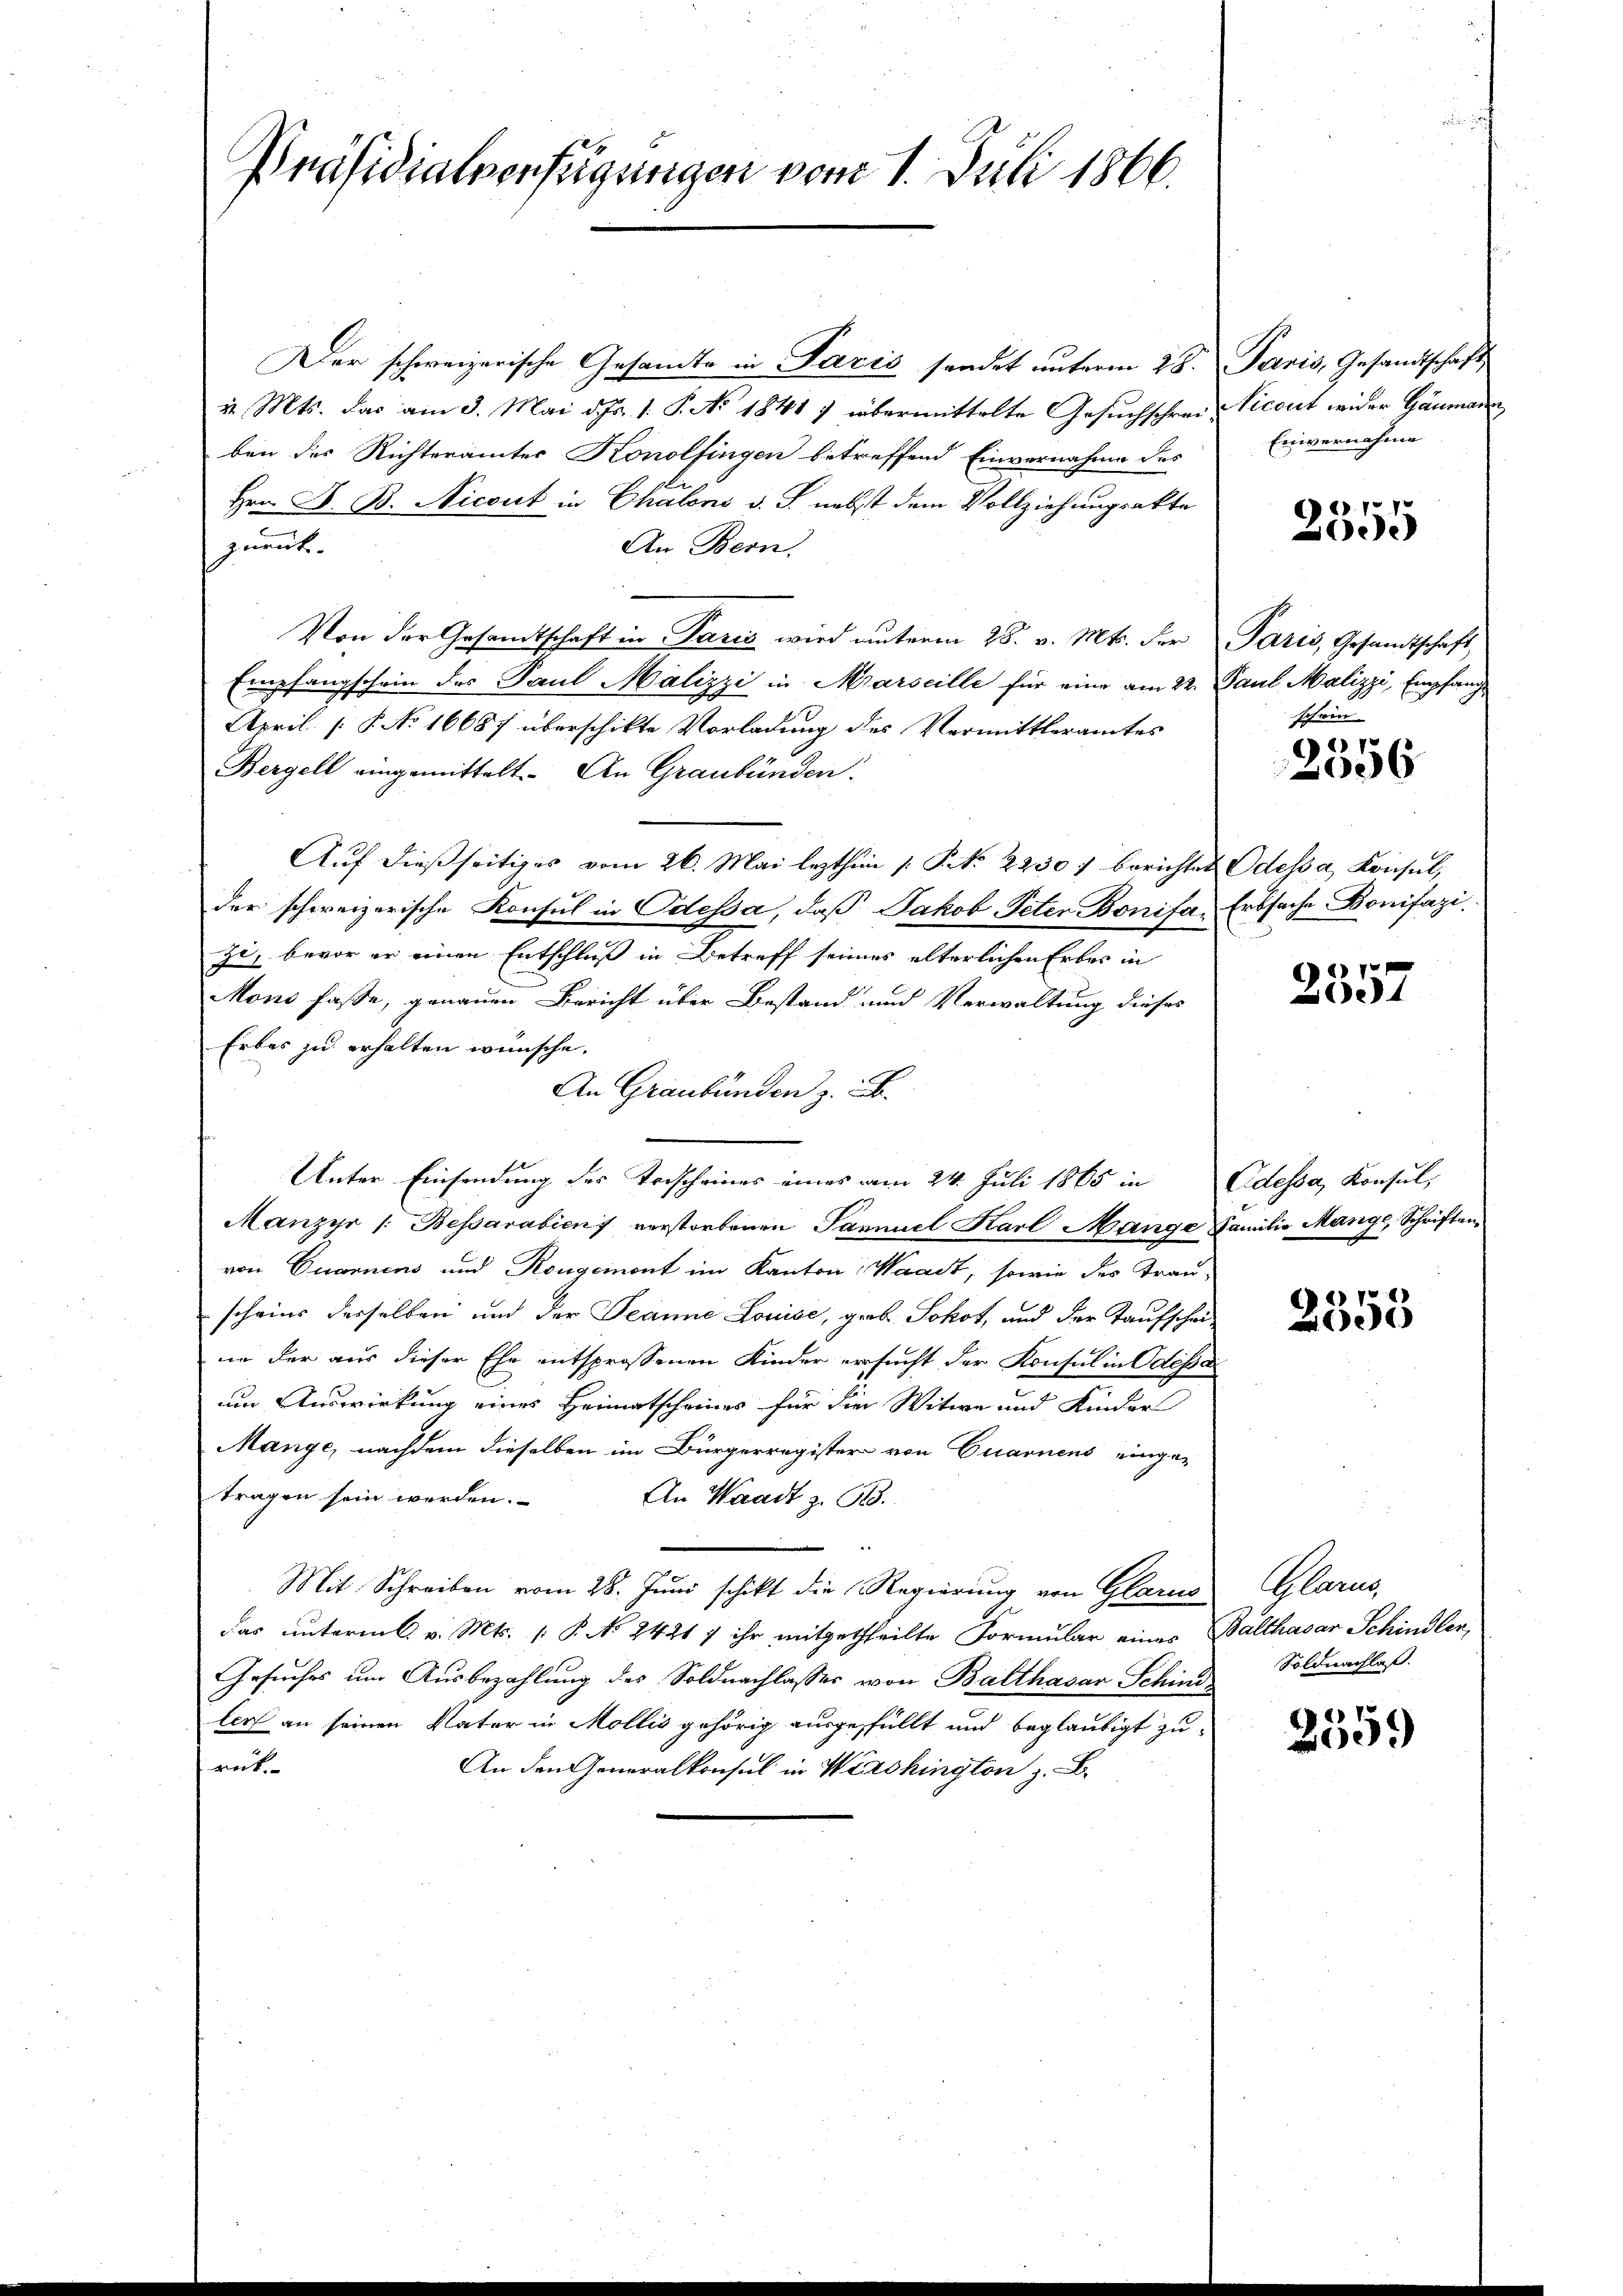
Präsidialverfügungen vom 1. Juli 1866.

Der schweizerische Gesandte in Paris sendet unterm 28. Paris, Gesandtschaft
v. Mts. das am 3. Mai d. Js. 1. P. No 1841 ) übermittelte Gesuchschrei-
ben des Richteramtes Konolfingen betreffend Einvernahme des
Hrn. F. B. Nicout in Chalens v. J. nebst dem Vollziehungsakte
An Bern.
zurück.
Von der Gesamtschaft in Paris wird ŭnterm 28. v. Mts. der Paris, Gesandtschaft,
Empfangschein des Paul Malizzi in Marseille für eine am 22. Paul Malizzi, Empfang
April. P. No 16687 überschikte Vorladung des Vermittleramtes
Bergell eingemittelt. An Graubünden.
Aŭf dießseitiges vom 26. Mai lezthin 1. P. Nr. 2230 f berichtet Odessa, Konsul,
der schweizerische Konsul in Odessa, daß Jakob Peten Bonifa, Erbsache Bonifazi
zi, bevor er einen Entschluß in Betreff seines alterlichen Erbes in
Mono fasse, genauen Bericht über Bestand und Verwaltung dieses
Erbes zu erhalten wünsche.
An Graubünden z. B.
Unter Einsendung des Vorscheines eines am 24. Juli 1865 in Odessa, Konsul,
Manzyr /: Bessarabien verstorbenen Samuel Karl Mange Familie Mange, Schriften
von Quarnens und Rougeinont im Kanton Waadt, sowie des Trau-
scheins derselben und der Jeanne Louise, grob Sokot, und der Taufschei-
in der aus dieser Ehe entsprossenen Kinder ersucht der Konsul in Odessar
um Auswirkung eines Heimatscheines für die Witwe und Kinder
Mange, nachdem dieselben im Bürgerregister von Quarnens einge-
tragen sein werden.
An Waadt z. 618.
Mit Schreiben vom 28. Juni schikt die Regierung von Glarus
das unterm 6. v. Mts. (: P. No 2421 f ihr mitgetheilte Formular eines Balthasar Schindler,
Gesuches um Ausbezahlung des Soldnachlasses von Balthasar Schind
ler an seinen Vater in Mollis gehörig ausgefüllt und beglaubigt zu-
rut.
An den Generalkonsul in Washington z. B.

Nicant wider Gaumann,
Einvernahme

2355

schein

27
006

p
e

2358

Glarus
Soldnachlaß.

1
00